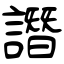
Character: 譖